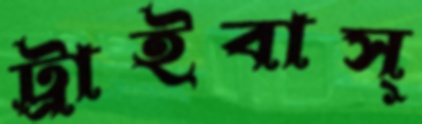
ট্রাইবাস্